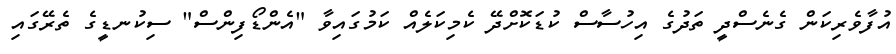
އުފާވެރިކަން ގެނެސްދީ ތަދުގެ އިހުސާސް ކުޑަކޮށްދޭ ކެމިކަލެއް ކަމުގައިވާ "އެންޑޯފިންސް" ސިކުނޑީގެ ތެރޭގައި